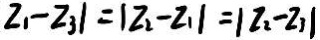
z _ { 1 } - z _ { 3 } \vert = \vert z _ { 2 } - z _ { 1 } \vert = \vert z _ { 2 } - z _ { 3 } \vert